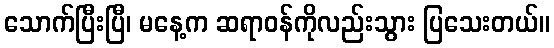
သောက်ပြီးပြီ၊ မနေ့က ဆရာဝန်ကိုလည်းသွား ပြသေးတယ်။